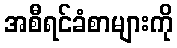
အစီရင်ခံစာများကို